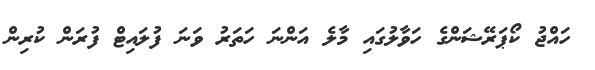
ހައްޖު ކޯޕަރޭޝަންގެ ހަވާލުގައި މާލެ އަންނަ ހަތަރު ވަނަ ފުލައިޓް ފުރަން ކުރިން